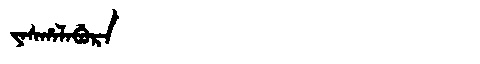
Manchu: ᠶᠠᠰᡥᠠᠯᠠᠪᡠᡵᠠ
Romanization: YASHALABURA